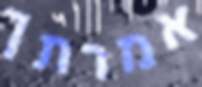
אמרתך